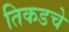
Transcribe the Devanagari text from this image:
तिकडचे